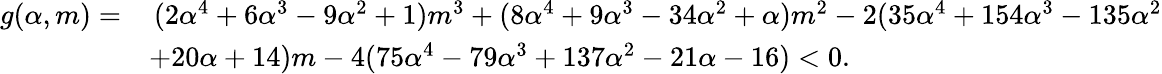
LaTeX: \begin{array}{rl}{g(\alpha,m)=}&{\, (2\alpha^{4}+6\alpha^{3}-9\alpha^{2}+1)m^{3}+(8\alpha^{4}+9\alpha^{3}-34\alpha^{2}+\alpha)m^{2}-2(35\alpha^{4}+154\alpha^{3}-135\alpha^{2}}\\ &{+20\alpha+14)m-4(75\alpha^{4}-79\alpha^{3}+137\alpha^{2}-21\alpha-16)<0.}\end{array}